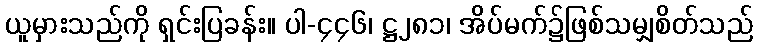
ယူမှားသည်ကို ရှင်းပြခန်း။ ပါ-၄၄၆၊ ဋ္ဌ၂၈၁၊ အိပ်မက်၌ဖြစ်သမျှစိတ်သည်